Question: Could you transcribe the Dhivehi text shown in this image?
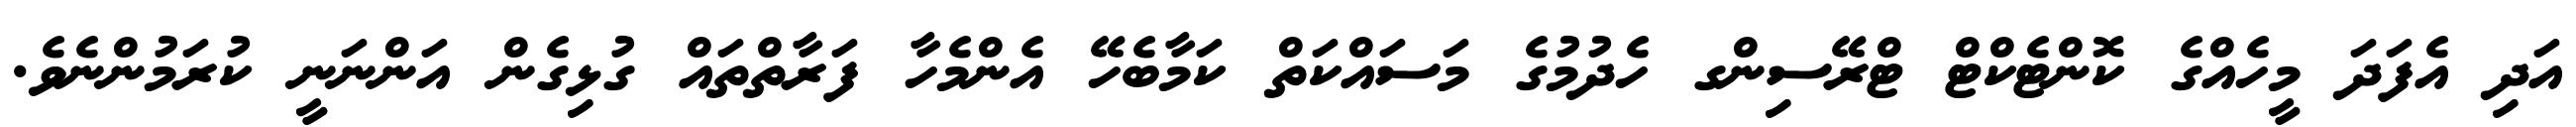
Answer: އަދި އެފަދަ މީހެއްގެ ކޮންޓެކްޓް ޓްރޭސިންގ ހެދުމުގެ މަސައްކަތް ކަމާބެހޭ އެންމެހާ ފަރާތްތައް ގުޅިގެން އަންނަނީ ކުރަމުންނެވެ.